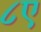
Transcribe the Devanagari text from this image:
८ए